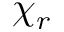
\chi _ { r }